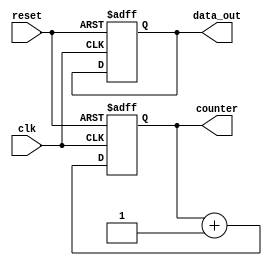
module initialization_example (
    input wire clk,
    input wire reset,
    output reg [7:0] data_out,
    output reg [3:0] counter
);

// Initialization Block
initial begin
    // Initialize the data output register to zero
    data_out = 8'b00000000; // Start with data_out set to 0

    // Initialize the counter register to a known state
    counter = 4'b0000; // Start counter at 0

    // Additional initialization can be added here as needed
end

// Example of a synchronous reset using the reset signal
always @(posedge clk or posedge reset) begin
    if (reset) begin
        // On reset, set registers to known states
        data_out <= 8'b00000000; // Reset data_out to 0
        counter <= 4'b0000; // Reset counter to 0
    end else begin
        // Normal operation (increment counter as an example)
        counter <= counter + 1;
        // Additional logic for data_out can be added here
    end
end

endmodule